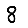
Digit: 8